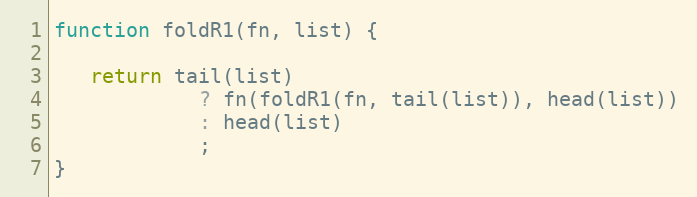
Language: JavaScript
function foldR1(fn, list) {

   return tail(list)
            ? fn(foldR1(fn, tail(list)), head(list))
            : head(list)
            ;
}